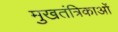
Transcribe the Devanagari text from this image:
मुखतंत्रिकाओं